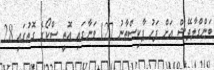
ބަންގްލާދޭޝް އަށް ފަހު ޕާކިސްތާނު 127 ވަނާގައި އޮތީ ސްކޯގެ ގޮތުގައި 28